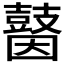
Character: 𪔗